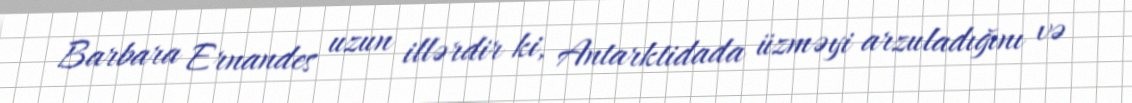
Barbara Ernandes uzun illərdir ki, Antarktidada üzməyi arzuladığını və